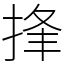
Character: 捀